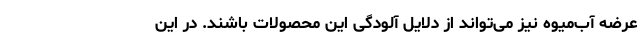
عرضه آب‌میوه نیز می‌تواند از دلایل آلودگی این محصولات باشند. در این